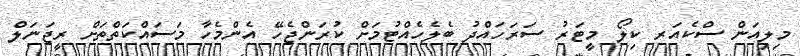
މިލިއަން ސްކެއަރ ކިލޯ މީޓަރު ސަރަހައްދު ބެލެހެއްޓުމަށް ކުރަންޖެހޭ އެންމެހާ މަސައްކަތްތަށް ރީޖަނަލް